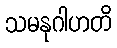
သမနုဂါဟတိ